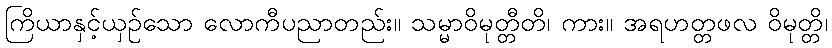
ကြိယာနှင့်ယှဉ်သော လောကီပညာတည်း။ သမ္မာဝိမုတ္တီတိ၊ ကား။ အရဟတ္တဖလ ဝိမုတ္တိ၊